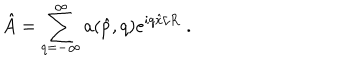
LaTeX: \hat { A } = \sum _ { q = - \infty } ^ { \infty } a ( \hat { p } , q ) e ^ { i q \hat { x } / R } \; .